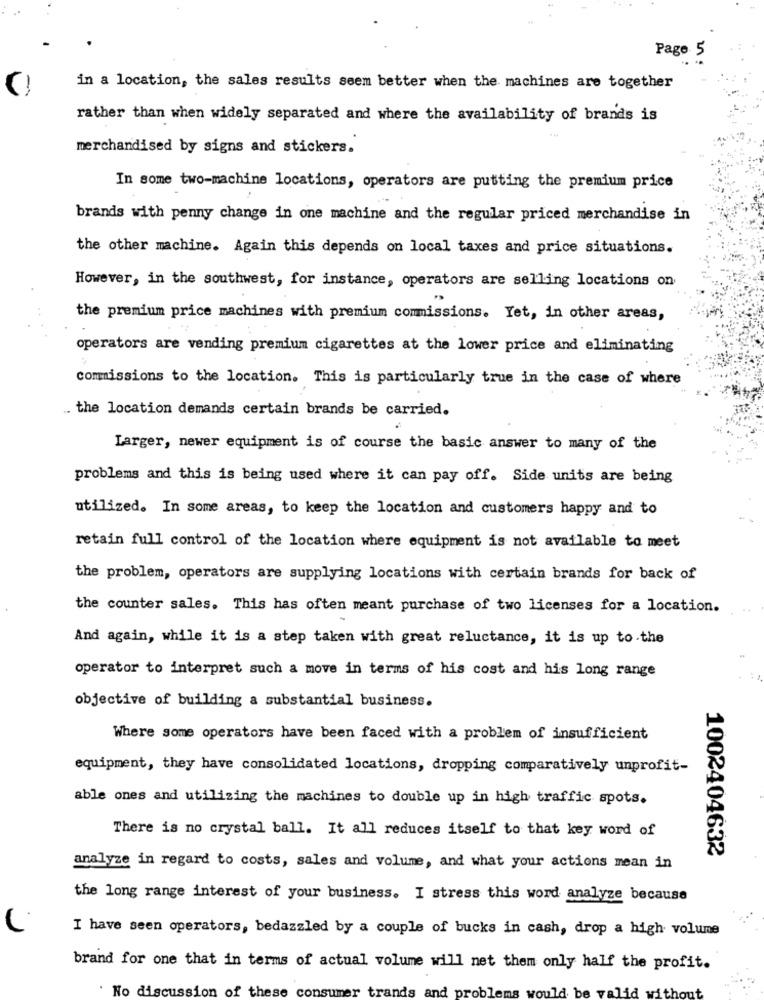
Page 5
in a location, the sales results seem better when the machines are together
rather than when widely separated and where the availability of brands is
merchandised by signs and stickers.
In some two-machine locations, operators are putting the premium price
brands with penny change in one machine and the regular priced merchandise in
the other machine. Again this depends on local taxes and price situations.
However, in the southwest, for instance, operators are selling locations on
the premium price machines with premium commissions. Yet, in other areas,
operators are vending premium cigarettes at the lower price and eliminating
commissions to the location. This is particularly true in the case of where
.. the location demands certain brands be carried.
Larger, newer equipment is of course the basic answer to many of the
problems and this is being used where it can pay off. Side units are being
utilized. In some areas, to keep the location and customers happy and to
retain full control of the location where equipment is not available to meet
the problem, operators are supplying locations with certain brands for back of
the counter sales. This has often meant purchase of two licenses for a location.
And again, while it is a step taken with great reluctance, it is up to the
operator to interpret such a move in terms of his cost and his long range
objective of building a substantial business.
Where some operators have been faced with a problem of insufficient
equipment, they have consolidated locations, dropping comparatively unprofit-
able ones and utilizing the machines to double up in high traffic spots.
There is no crystal ball. It all reduces itself to that key word of
1002404632
analyze in regard to costs, sales and volume, and what your actions mean in
the long range interest of your business. I stress this word analyze because
I have seen operators, bedazzled by a couple of bucks in cash, drop a high volume
brand for one that in terms of actual volume will net them only half the profit.
. No discussion of these consumer trands and
could be
lid
the